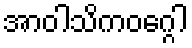
အာဝါသိကဝဂ္ဂေါ